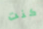
كنت